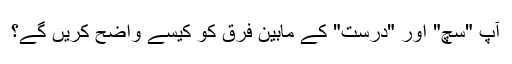
آپ "سچ" اور "درست" کے مابین فرق کو کیسے واضح کریں گے؟